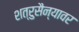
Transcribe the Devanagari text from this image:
शत्रुसैन्यावर